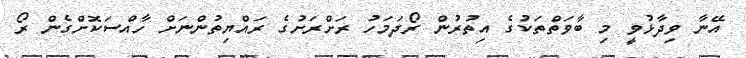
އޭނާ ވިދާޅުވީ މި ބާވަތްތަކުގެ އިތުރުން ރޯދަމަހު ރަށްރަށުގެ ރައްޔިތުންނަށް ހާއްސަކޮށްގެން ރޯ